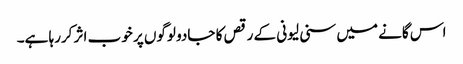
اس گانے میں سنی لیونی کے رقص کا جادو لوگوں پر خوب اثر کررہا ہے۔